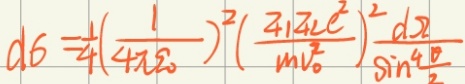
\[d\sigma=\frac{1}{4}\left(\frac{1}{4\pi\varepsilon_0}\right)^2\left(\frac{q_1q_2e^2}{mv_0^2}\right)^2\frac{dx}{\sin^4\frac{\theta}{2}}\]